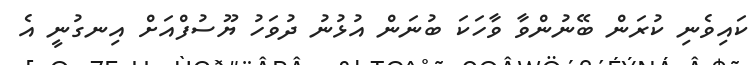
ކައިވެނި ކުރަން ބޭނުންވާ ވާހަކަ ބުނަން އުޅުނު ދުވަހު ޔޫސުފްއަށް އިނގުނީ އެ